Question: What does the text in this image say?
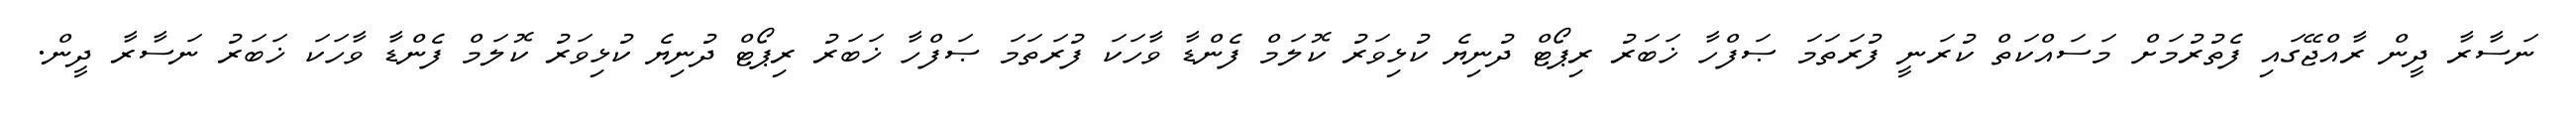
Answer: ނަސާރާ ދީން ރާއްޖޭގައި ފެތުރުމަށް މަސައްކަތް ކުރަނީ ފުރަތަމަ ޞަފްހާ ޚަބަރު ރިޕޯޓް ދުނިޔެ ކުޅިވަރު ކޮލަމް ފެންޑާ ވާހަކަ ފުރަތަމަ ޞަފްހާ ޚަބަރު ރިޕޯޓް ދުނިޔެ ކުޅިވަރު ކޮލަމް ފެންޑާ ވާހަކަ ޚަބަރު ނަސާރާ ދީން.